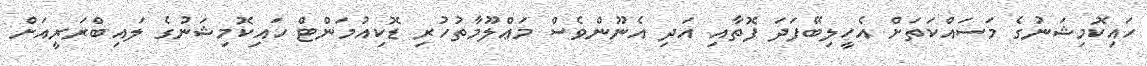
ހައިކޮމިޝަނުގެ މަސައްކަތަށް އެހީލިބޭފަދަ ފޮތާއި އަދި އެނޫންވެސް މަޢްލޫމާތުހުރި ޑޮކިއުމަންޓް ހައިކޮމިޝަނުގެ ލައިބްރަރީއަށް